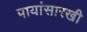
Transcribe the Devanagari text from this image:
पायांसारखी